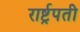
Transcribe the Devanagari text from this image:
रार्ष्ट्रपती